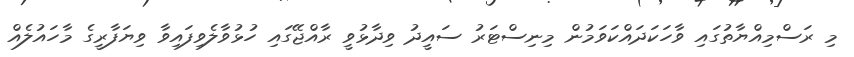
މި ރަސްމިއްޔާތުގައި ވާހަކަދައްކަވަމުން މިނިސްޓަރު ސައީދު ވިދާޅުވީ ރާއްޖޭގައި ހުޅުވާލެވިފައިވާ ވިޔަފާރީގެ މާހައުލެއް